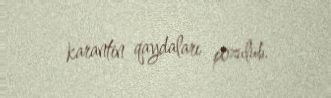
karantin qaydaları pozulub.